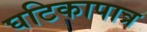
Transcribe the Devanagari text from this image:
घटिकापात्र